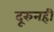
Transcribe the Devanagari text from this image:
दूरुनही